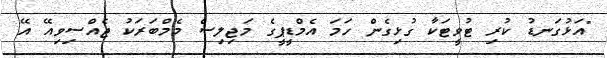
"އަޅުގަނޑު ކުރި ޓުވީޓަކާ ގުޅިގެން ހަމަ އެމްޑީޕީގެ މަޖިލިސް މެމްބަރަކު ޖެއްސިވިއޭ އޭ